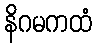
နိဂမကထံ